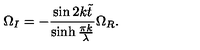
\Omega _ { I } = - \frac { \sin 2 k \tilde { t } } { \sinh \frac { \pi k } { \lambda } } \Omega _ { R } .